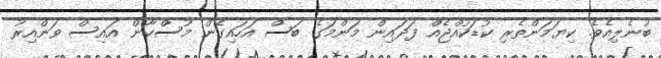
ބުނެލިއެވެ. ކިޔަމަންތެރި ކުޑަކުއްޖެއް ފަދައިން މަންމަގެ ބަސް އަހައިގެން މުސްކާން އައިސް ވަންއިރު